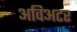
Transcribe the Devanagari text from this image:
अविअटर